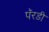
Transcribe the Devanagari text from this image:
पॅरडी